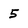
Character: 5